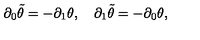
\partial _ { 0 } \tilde { \theta } = - \partial _ { 1 } \theta , \quad \partial _ { 1 } \tilde { \theta } = - \partial _ { 0 } \theta ,